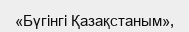
«Бүгінгі Қазақстаным»,